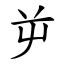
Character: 屰